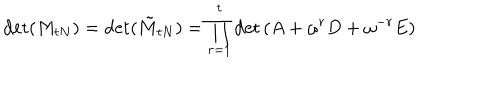
\det ( M _ { t N } ) = \det ( \tilde { M } _ { t N } ) = \prod _ { r = 1 } ^ { t } \det \left( A + \omega ^ { r } D + \omega ^ { - r } E \right)